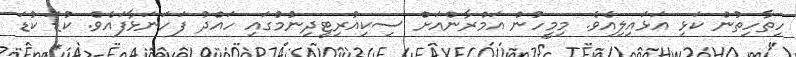
ހިތާހިތުން ކަޅި އަޅައިލިއެވެ. މިމީހުން އަމްރާންއަށް ސިކިއުރިޓީދިނުމުގައި ހައްދު ފަހަނަޅާފައެވެ. ކުޑަ ކުޑަ